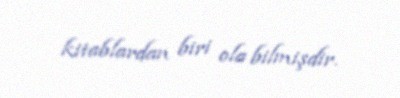
kitablardan biri ola bilmişdir.